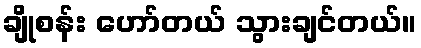
ချိုစန်း ဟော်တယ် သွားချင်တယ်။